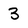
Character: 3